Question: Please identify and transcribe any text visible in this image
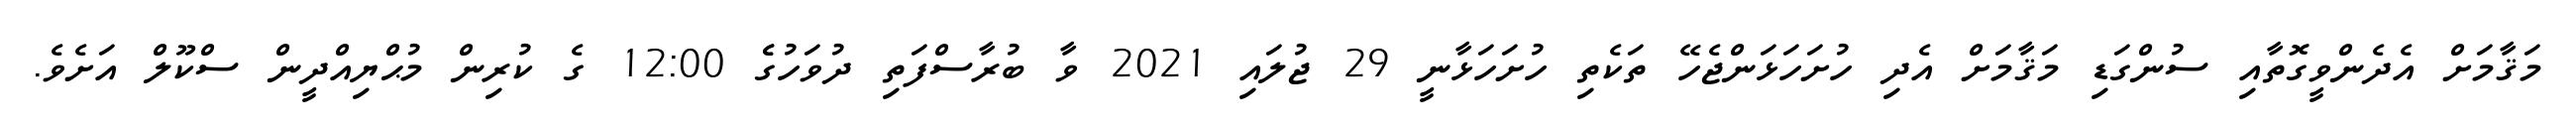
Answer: މަޤާމަށް އެދެންވީގޮތާއި ސުންގަޑި މަޤާމަށް އެދި ހުށަހަޅަންޖެހޭ ތަކެތި ހުށަހަޅާނީ 29 ޖުލައި 2021 ވާ ބުރާސްފަތި ދުވަހުގެެ 12:00 ގެ ކުރިން މުޙްޔިއްދީން ސްކޫލް އަށެވެ.